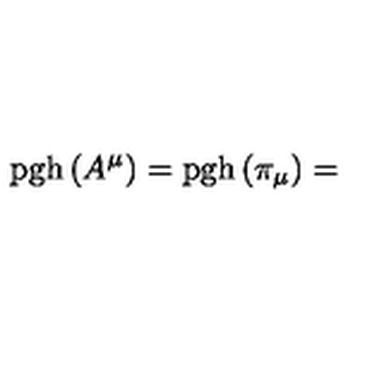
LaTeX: \mathrm { p g h } \left( A ^ { \mu } \right) = \mathrm { p g h } \left( \pi _ { \mu } \right) =